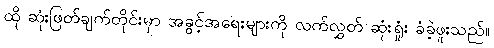
ထို ဆုံးဖြတ်ချက်တိုင်းမှာ အခွင့်အရေးများကို လက်လွှတ် ဆုံးရှုံး ခံခဲ့ဖူးသည်။